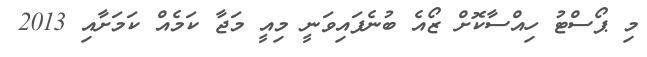
މި ޕޯސްޓު ހިއްސާކޮށް ޒޯއެ ބުނެފައިވަނީ މިއީ މަޖާ ކަމެއް ކަމަށާއި 2013